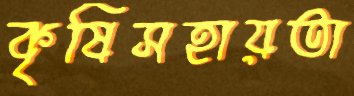
কৃষিসহায়তা